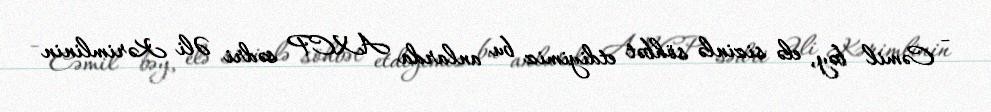
- Cəmil bəy, elə sizinlə söhbət etdiyimiz bu anlarda AXCP sədri Əli Kərimlinin